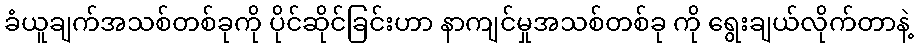
ခံယူချက်အသစ်တစ်ခုကို ပိုင်ဆိုင်ခြင်းဟာ နာကျင်မှုအသစ်တစ်ခု ကို ရွေးချယ်လိုက်တာနဲ့